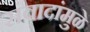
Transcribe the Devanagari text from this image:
संवादांमुळे